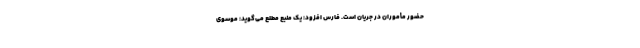
حضور مأموران در جریان است. فارس افزود: یک منبع مطلع می‌گوید: موسوی